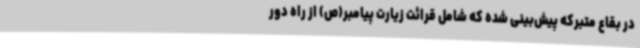
در بقاع متبرکه پیش‌بینی شده که شامل قرائت زیارت پیامبر(ص) از راه دور